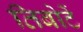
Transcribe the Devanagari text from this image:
तिबोटें